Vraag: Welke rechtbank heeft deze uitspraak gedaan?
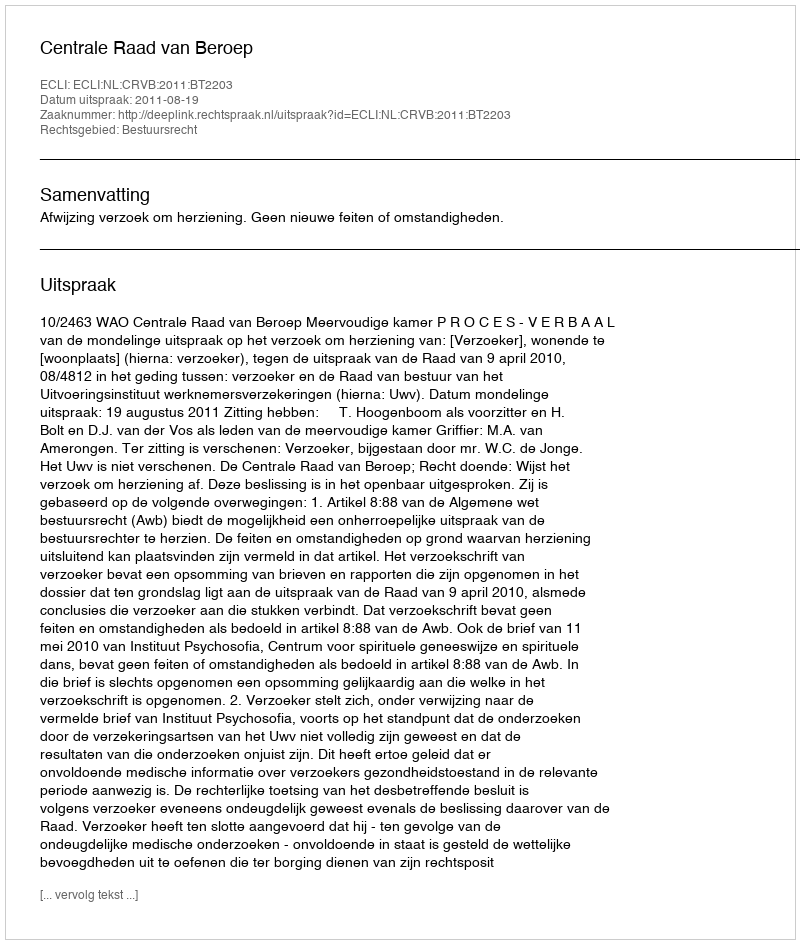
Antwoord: Centrale Raad van Beroep